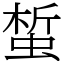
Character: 蜤